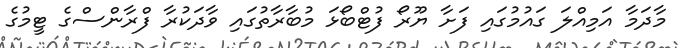
މާދަމާ އަމިއްލަ ގައުމުގައި ފަށާ ޔޫރޯ ފުޓްބޯޅަ މުބާރާތުގައި ވާދަކުރާ ފްރާންސްގެ ޓީމުގެ